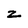
Character: z